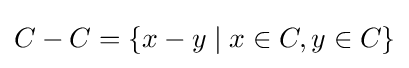
C-C=\{x-y\mid x\in C,y\in C\}